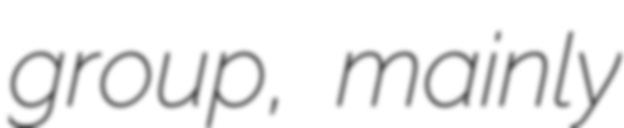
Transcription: group, mainly